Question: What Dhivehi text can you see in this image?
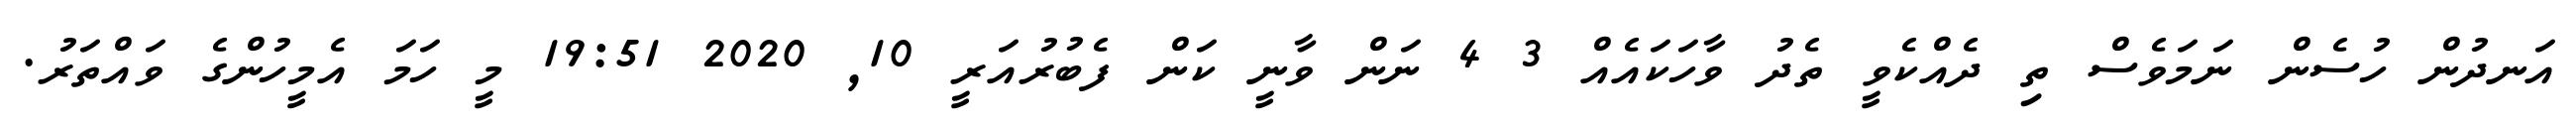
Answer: އަނދުން ހުސެން ނަމަވެސް ތި ދެއްކެވީ ތެދު ވާހަކައެއް 3 4 ނަން ވާނީ ކަން ފެބުރުއަރީ 10, 2020 19:51 މީ ހަމަ އެމީހުންގެ ވައްތަރު.